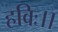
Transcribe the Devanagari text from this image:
हविः।।